Vaccination in Burma 1900-1911 - 1900-1911
Year: 1900
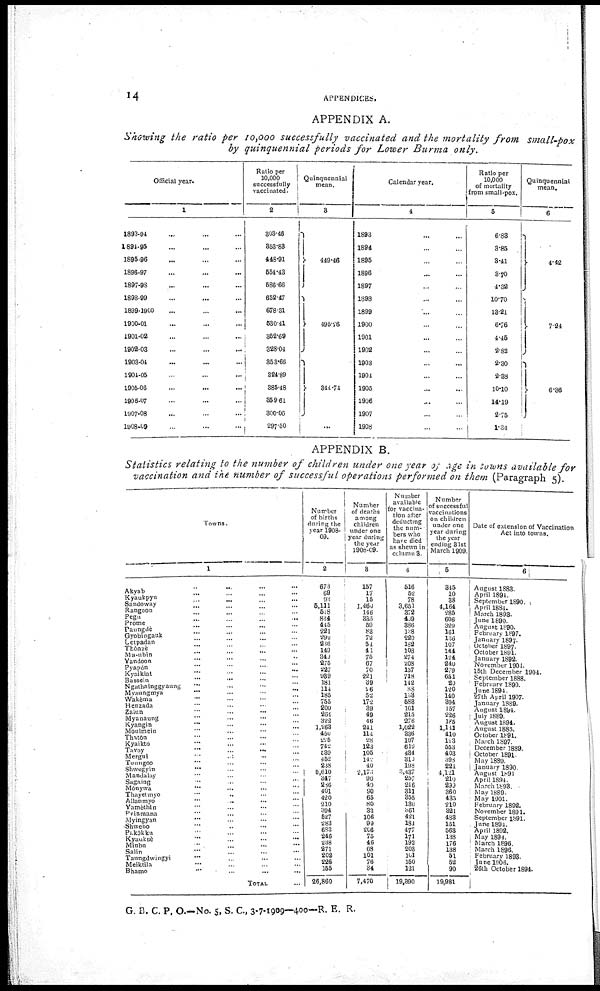
14
APPENDICES.
APPENDIX A.
Showing the ratio per 10,000 successfully vaccinated and the mortality from small-pox
by quinquennial periods for Lower Burma only.
Official year.
1
1893-94 ... ...
1891-95 ... ...
1895-96 ... ...
1896-97 ... ...
1897-98 ... ...
1893-99 ... ...
1899-1900 ... ...
1900-01 ... ...
1901-02 ... ...
1902-03 ... ...
1903-04 ... ...
1904-05 ... ...
1905-06 ... ...
1906-07 ... ...
1907-08 ... ...
1908-09 ... ...
Ratio per
10,000
successfully
vaccinated.
2
303.46
353.83
148.91
554.43
586.66
652.47
678.31
530.41
352.69
328.04
358.66
324.89
385.48
359.61
300.06
297.50
Quinquennial
mean.
3
449.46
495.26
344.74
...
Calendar year.
4
1893 ... ...
1894 ... ...
1895 ... ...
1896 ... ...
1897 ... ...
1898 ... ...
1899 ... ...
1900 ... ...
1901 ... ...
1902 ... ...
1903 ... ...
1904 ... ...
1905 ... ...
1906 ... ...
1907 ... ...
1908 ... ...
Ratio per
10,000
of mortality
from small-pox.
5
6.83
3.85
3.41
3.70
4.32
10.70
13.21
6.76
4.45
2.82
2.30
2.38
10.10
14.19
2.75
1.34
Quinquennial
mean.
6
4.42
7.24
6.36
APPENDIX B.
Statistics relating to the number of children under one year of age in towns available for
vaccination and the number of successful operations performed on them (Paragraph 5).
Towns.
1
Akyub
...
...
...
...
Kyaukpyu ... ... ... ...
Sandoway
...
...
...
...
Rangoon ... ... ... ...
Pegu ... ... ... ...
Prome
...
...
...
...
Paungde ... ... ... ...
Gyobingauk ... ... ... ...
Letpadan ... ... ... ...
Thônzè ... ... ... ...
Manabin ... ... ... ...
Yandoon ... ... ... ...
Pyapon ... ... ... ...
Kyaiklat
...
...
...
...
Bassein
...
...
...
...
Ngathninggyaung ... ... ... ...
Myaungmya ... ... ... ...
Wakèma ... ... ... ...
Henzada ... ... ... ...
Zaiun
...
...
...
...
Myanaung
...
...
...
...
...
Kyangin ... ... ... ...
Moulmein
...
...
...
...
Thatôn
...
...
...
...
Kyaikto ... ... ... ...
Tavoy
...
...
...
...
Mergui
...
...
...
...
Toungoo ... ... ... ...
Shwegyin
...
...
...
...
Mandalay
...
...
...
...
Sagaing
...
...
...
...
Mônywa
...
...
...
...
Thayetmyo
...
...
...
...
Allanmyo
...
...
...
...
Yamèthin
...
...
...
...
Pvinmana
...
...
...
...
Myingyan
...
...
...
...
Shwebo
...
...
...
...
Pakôkku ... ... ... ...
Kyauksè
...
...
...
...
Minbu
...
...
...
...
Salin
...
...
...
...
Taungdwi ngyi
...
...
...
...
Meiktila ... ... ... ...
Bhamo ... ... ... ...
TOTAL ...
Number
of births
during the
year 1908-
09.
2
673
69
93
5,111
518
834
445
221
292
236
149
349
275
227
939
181
114
185
755
200
254
322
1,263
450
225
742
539
452
238
5,610
347
266
401
420
210
394
527
283
683
246
238
271
202
226
155
26,860
Number
of deaths
among
children
under one
year during
the year
1908-09.
3
157
17
15
1,460
146
335
59
83
72
54
41
75
67
70
221
39
26
52
172
39
49
46
241
114
28
123
105
142
40
2,176
90
40
90
65
80
33
106
99
266
75
46
68
101
76
34
7,470
Number
available
for vaccina-
tion after
deducting
the num-
bers who
have died
as shewn in
column 3.
4
516
52
78
3,651
372
409
386
138
220
182
108
274
208
157
718
142
88
138
588
161
215
276
1,022
336
197
619
434
310
108
3,437
257
246
311
355
130
361
421
184
477
171 192
203
101
150
121
19,390
Number
of successful
vaccinations
on children
under one
year during
the year
ending 31st
March 1909.
5
345
10
38
4,164
285
606
329
161
136
107
144
194
240
279
651
20
120
140
394
157
226
185
1,141
410
123
553
403
398
224
4,121
219
299
360
435
210
321
488
151
563
138
176
138
51
52
90
19,981
Date of extension of Vaccination
Act into towns.
6
August 1883.
April 1894.
September 1890.
April 1884.
March 1898.
June 1890.
August 1890.
February 1897.
January 1897.
October 1897.
October 1891.
January 1892.
November 1904.
15th December 1904.
September 1888.
February 1890.
June 1894.
27th April 1907.
January 1889.
August 1894.
July 1889.
August 1894.
August 1885.
October 189l.
March 1897.
December 1889.
October 1891.
May 1889.
January 1890.
August 1891
April 1894.
March 1893.
May 1889.
May 1901.
February 1892.
November 1891.
September 1891.
June 1894.
April 1892.
May 1894.
March 1896.
March 1896.
February 1893.
June 1906.
26th October 1894.
i
G. B. C. P. O.—No. 5, S. C., 3-7-1909—400—R. E. R.